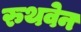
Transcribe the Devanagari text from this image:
रुथवेन